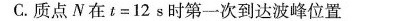
C.质点N在$$t = 1 2 s$$时第一次到达波峰位置